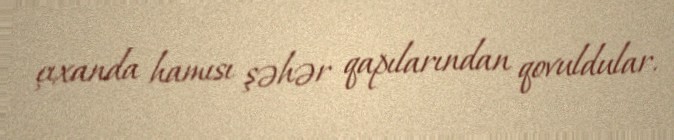
çıxanda hamısı şəhər qapılarından qovuldular.